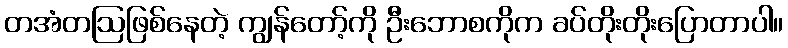
တအံတဩဖြစ်နေတဲ့ ကျွန်တော့်ကို ဦးဘောစကိုက ခပ်တိုးတိုးပြောတာပါ။